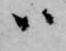
ハ